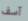
آسف